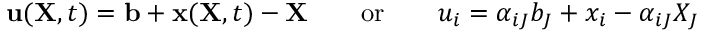
\ \mathbf { u } ( \mathbf { X } , t ) = \mathbf { b } + \mathbf { x } ( \mathbf { X } , t ) - \mathbf { X } \qquad { \mathrm { o r } } \qquad u _ { i } = \alpha _ { i J } b _ { J } + x _ { i } - \alpha _ { i J } X _ { J }